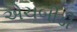
એચબીડી